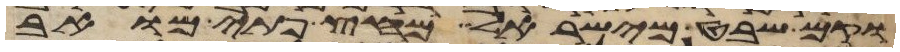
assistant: וקם שבט מישראל מחץ פתי מואב